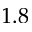
1 . 8